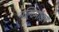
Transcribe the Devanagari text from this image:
मल्टिमॉडल